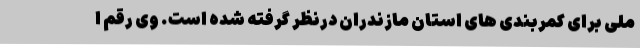
ملی برای کمربندی های استان مازندران درنظر گرفته شده است. وی رقم ا